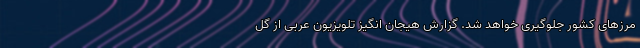
مرزهای کشور جلوگیری خواهد شد. گزارش هیجان انگیز تلویزیون عربی از گل